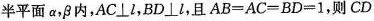
半平面a，β内，AC⊥l，BD⊥l，且$$A B = A C = B D = 1$$，则CD